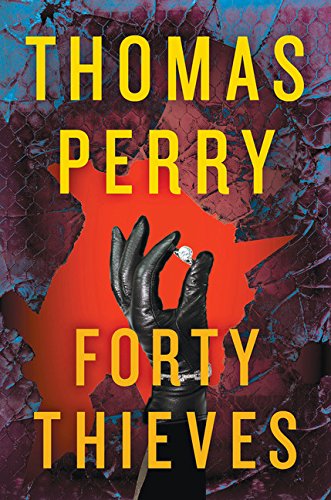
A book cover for Forty Thieves; Thomas Perry; Mystery, Thriller & Suspense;